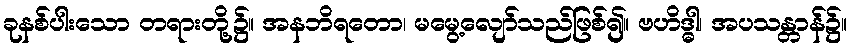
ခုနစ်ပါးသော တရားတို့၌။ အနဘိရတော၊ မမွေ့လျော်သည်ဖြစ်၍။ ဗဟိဒ္ဓါ၊ အပသန္တာန်၌။